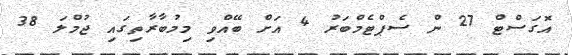
އޮގަސްޓް 27 ން ސެޕްޓެމްބަރު 4 އަށް ބޭއްވި މިމުބާރާތިގައި ޖުމްލަ 38